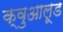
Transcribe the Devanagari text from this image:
क्वुआलूड